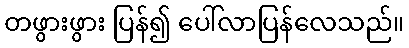
တဖွားဖွား ပြန်၍ ပေါ်လာပြန်လေသည်။